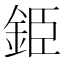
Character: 𨦍